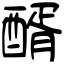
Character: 醑